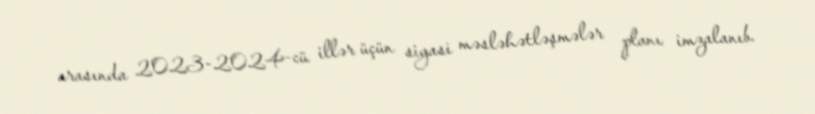
arasında 2023-2024-cü illər üçün siyasi məsləhətləşmələr planı imzalanıb.